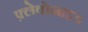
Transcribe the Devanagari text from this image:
फ़्लेवोनाइड